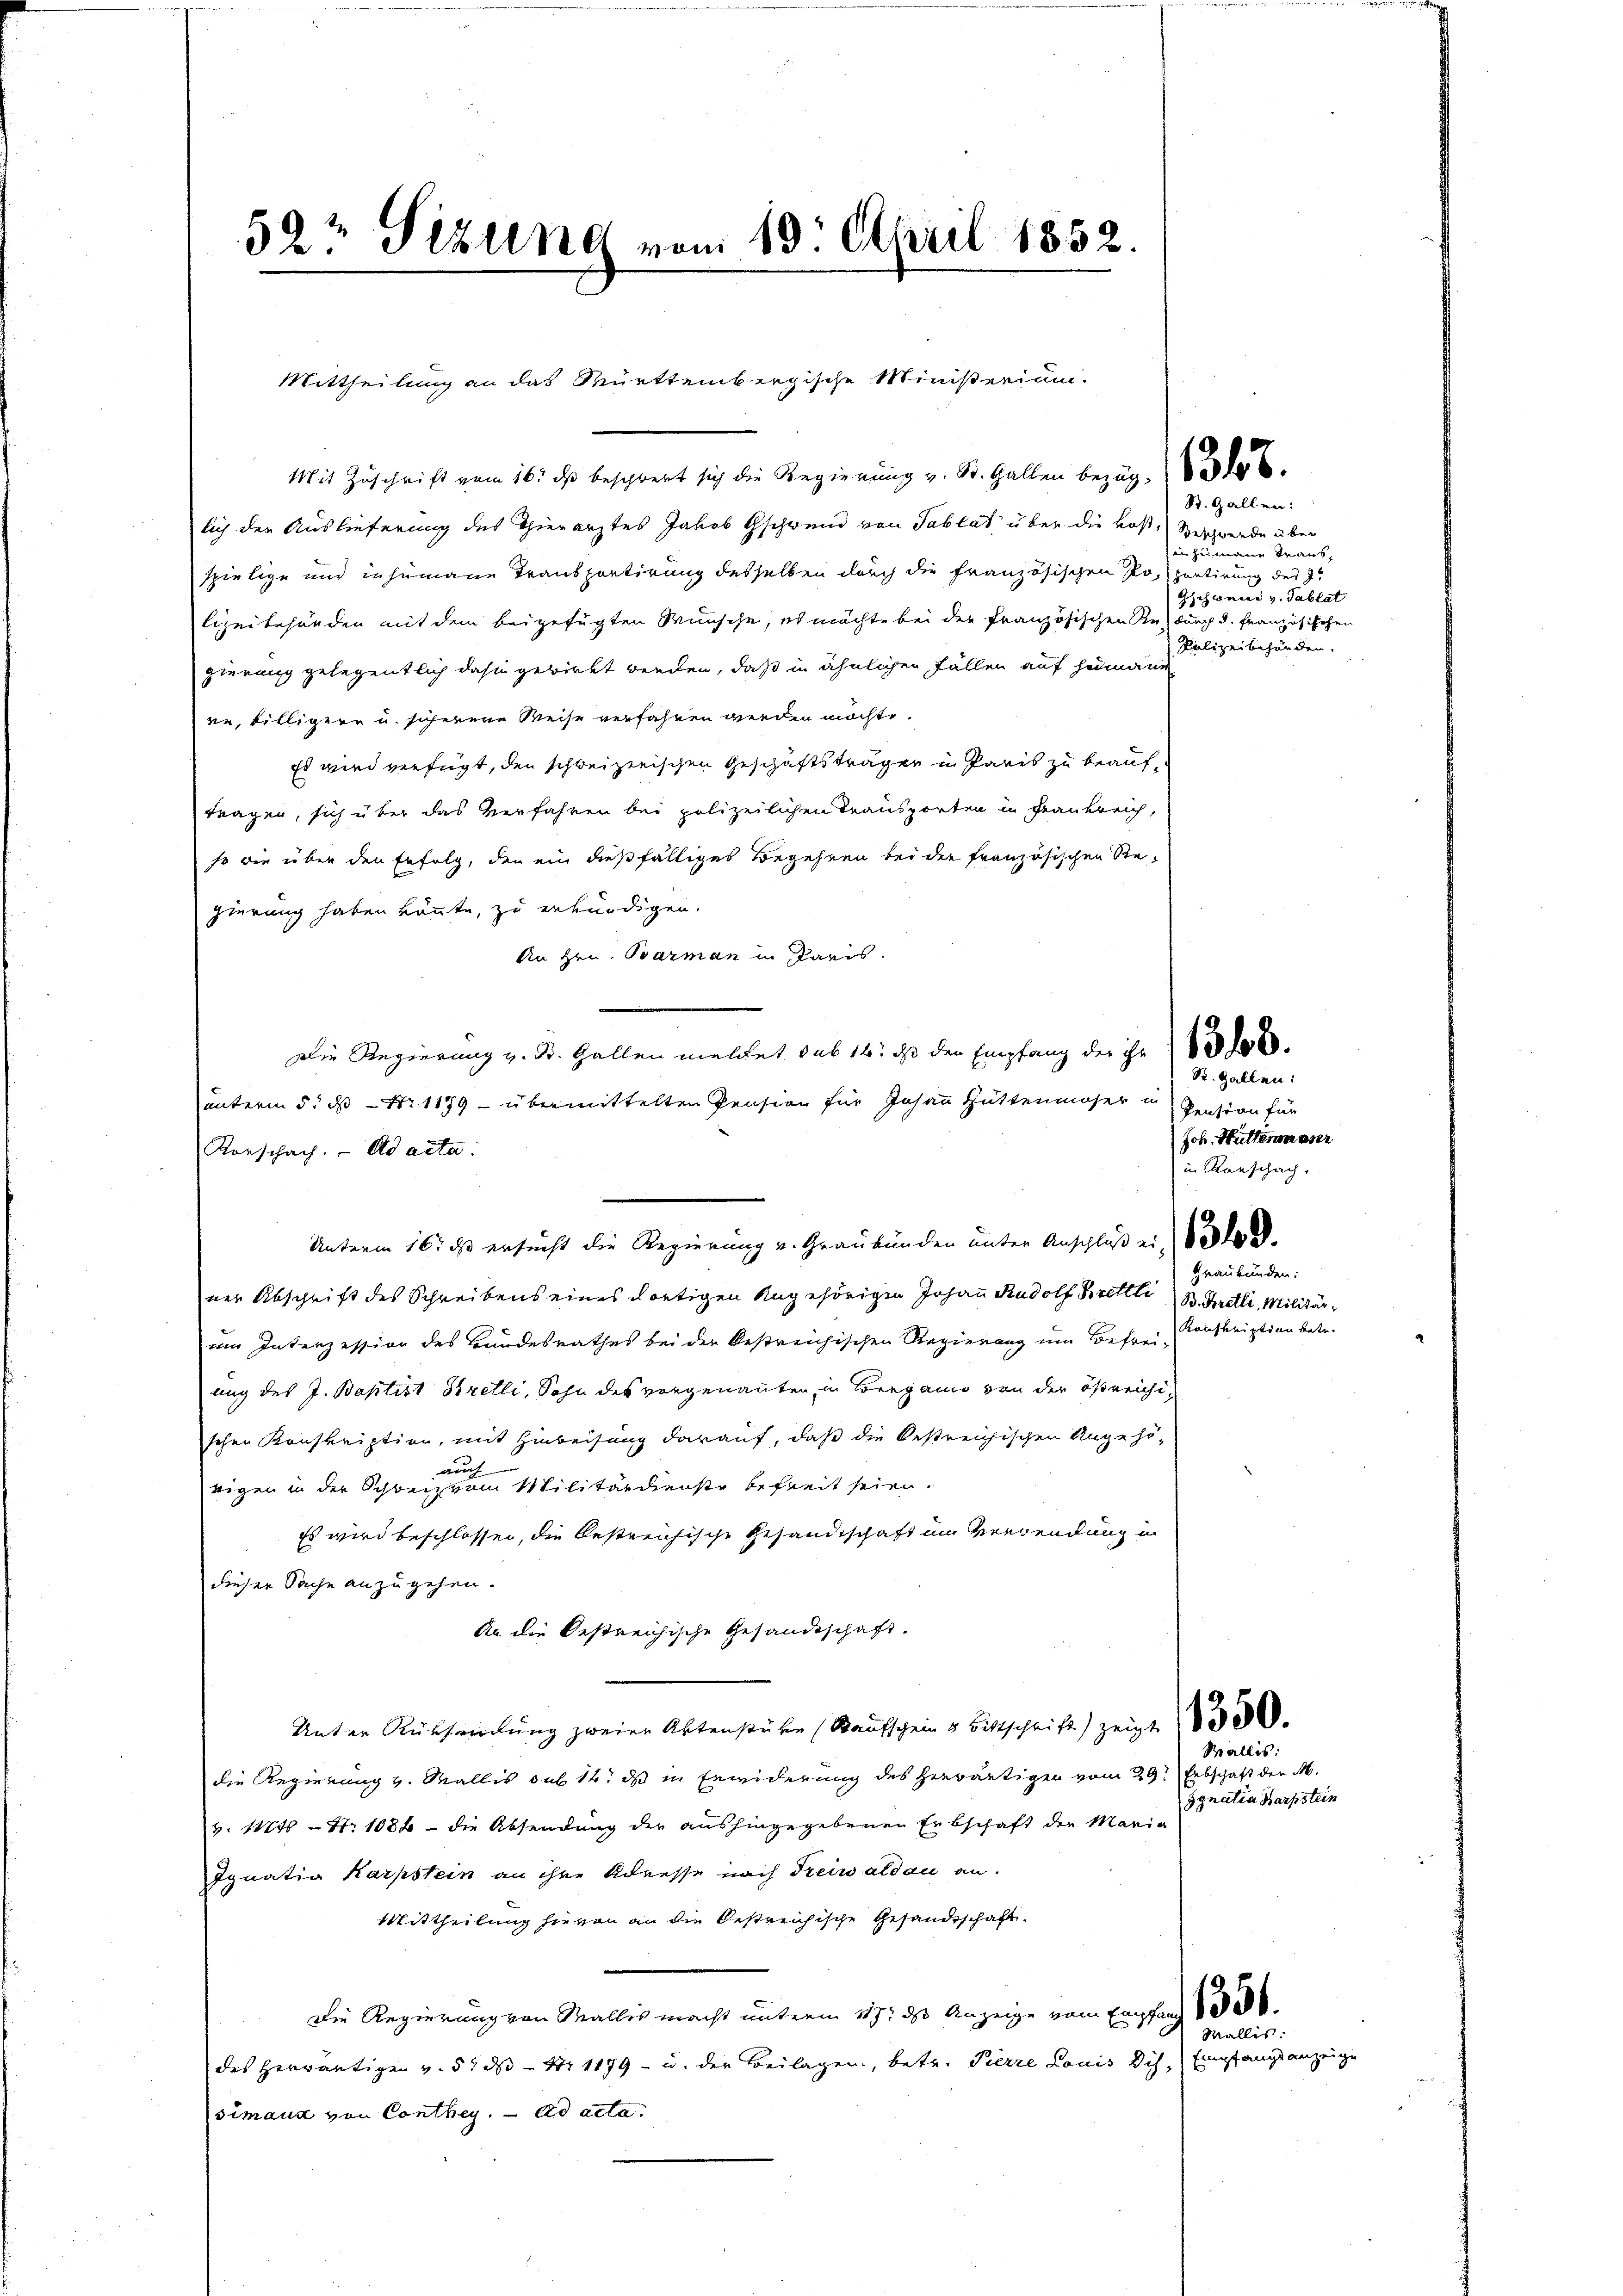
52t Sizung vom 10. April 1852.

Mit Zuschrift vom 16. dβ beschwert sich die Regierŭng v. St. Gallen bezŭg. 306.
lich der Auslieferung des Thierarztes Jakob Gschwend von Tablat über die Kost, Beschwerde über
spielige und inhumane Transportirung desselben durch die französischen Popentirung des J.
lizeibehänden mit dem beigefügten Wünsche, es möchte bei der französischen Redurch d. Französischen
gierung gelegentlich dahin gewirkt werden, daß in ähnlichen Fällen auf humann
re, billigere u. scherene Weise verfahren werden möchte.
Es wird verfügt, den schweizerischen Geschäftsträgen in Paris zu beauftragen, sich über das Verfahren bei polizeilichen Transporten in Frankreich,
so die über den Erfolg, den ein dießfälliges Begehren bei der französischen Regierung haben könnte, zu erkündigen.
An Hrn. Barman in Paris.
unterm 5. ds Nr 1179 übermittelten Pension für Johann Hüttenmoser in
Rorschach. ad acta.
Unterm 16. ds ersucht die Regierung u. Graubünden unter Anschluß ein ode
am Abschrift des Schreibens eines dortigen Augehörigen Johann Rudolf Brettli (B. Bretti, Militärim Interzession des Bundesrathes bei der bestreichischen Regierung um Befrei-
ung des J. Baptist Gretli, Sohn des vorgenannten in Bergann von der öffneichischen Konskription, mit Hinweisung darauf, daß die bestreichischen Angehöauch
rigen in der Schweiz vom Militärdienste befreit seien.
Es wird beschlossen, die bestreichische Gesandtschaft im Verwendung in
dieser Sache anzugehen.
An die bestreichische Gesandtschaft.
Unter Rücksendung zweier Aktenstüke (Kaufschein & Bittschrift zeigt
die Regierung v. Wallis sub 14. ds in Erwiderung des herwärtigen vom 29t Erbschaft der M.
v. 146 - 4. 1088 - die Absendung der aushingegebenen Erbschaft der Maria
Ignatia Karpstein an ihre Adresse nach Treiwaldau an.
Mittheilung hievon an die bestreichische Gesandtschaft
Die Regierung von Wallis macht unterm 117. ds Anzeige vom Empfang 1
des Herräutigen v. 5. ds Nr 1179 - u. der Beilagen, betr. Pierre Louis Dich, Empfangsanzeige
simaux von Conthey. ad acta.

Mittheilung an das Mürttembergische Ministerium.

Die Regierung v. St. Gallen meldet sub 14. ds den Empfang der ihre 18 000

R. Gallen:
in zumann Traus,
Gisionier v. Tablat
Polizeibehänden.

St. Gallen:
Pention für
Joh. Hüttermasser
in Kanschach.

Graubünden:
Konskription betr.

1350.

Wallis:
Ignatia Harpstein

Wallis: